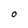
Character: O